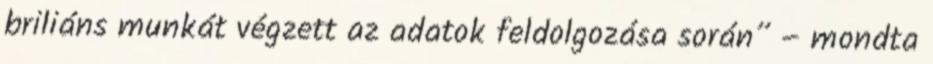
briliáns munkát végzett az adatok feldolgozása során” – mondta